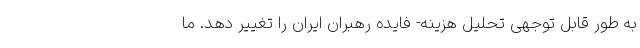
به طور قابل توجهی تحلیل هزینه- فایده رهبران ایران را تغییر دهد. ما